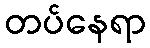
တပ်နေရာ